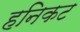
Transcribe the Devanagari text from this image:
हनिकट